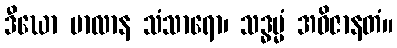
ဒီဃော ဗာလာန သံသာရော၊ သဒ္ဓမ္မံ အဝိဇာနတံ။